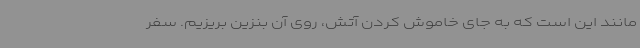
مانند این است که به جای خاموش کردن آتش، روی آن بنزین بریزیم. سفر